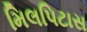
મિલપિટાસ